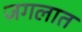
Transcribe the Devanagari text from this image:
जगलात